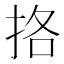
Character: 挌